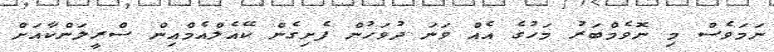
ނަމަވެސް މި ނޮވެމްބަރު މަހުގެ އެއް ވަނަ ދުވަހުން ފެށިގެން ކޭއެލްއެމްއިން ސްރީލަންކާއަށް